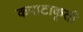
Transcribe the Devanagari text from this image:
कपाटाकृती